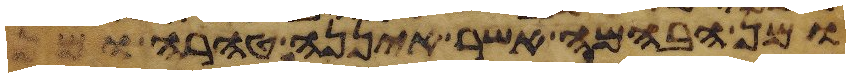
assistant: ומן הבהמה אשר איננה טהרה ומן